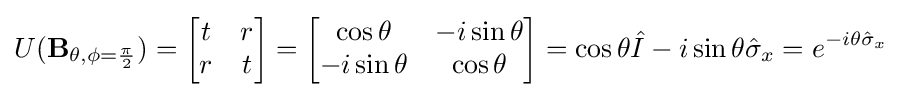
U(\mathbf {B} _{\theta ,\phi ={\frac {\pi }{2}}})={\begin{bmatrix}t&r\\r&t\end{bmatrix}}={\begin{bmatrix}\cos \theta &-i\sin \theta \\-i\sin \theta &\cos \theta \end{bmatrix}}=\cos \theta {\hat {I}}-i\sin \theta {\hat {\sigma }}_{x}=e^{-i\theta {\hat {\sigma }}_{x}}